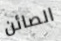
الصائن